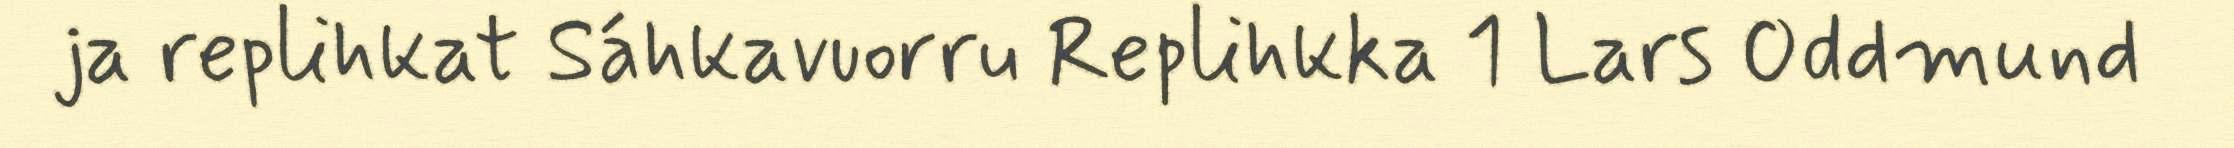
ja replihkat Sáhkavuorru Replihkka 1 Lars Oddmund